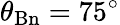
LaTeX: \theta_{\mathrm{Bn}}=75^{\circ}